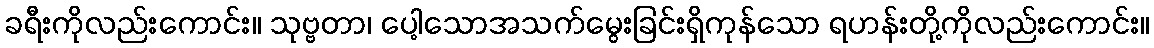
ခရီးကိုလည်းကောင်း။ သုဗ္ဗတာ၊ ပေါ့သောအသက်မွေးခြင်းရှိကုန်သော ရဟန်းတို့ကိုလည်းကောင်း။